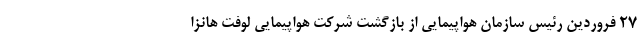
27 فروردین رئیس سازمان هواپیمایی از بازگشت شرکت هواپیمایی لوفت هانزا